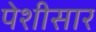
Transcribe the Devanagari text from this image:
पेशीसार